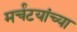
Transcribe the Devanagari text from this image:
मर्चंटयांच्या